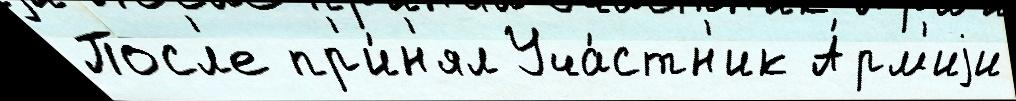
Посл'е пр'и́н'ял Уча́стн'ик А́рм'иjи